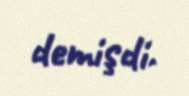
demişdi.